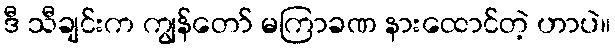
ဒီ သီချင်းက ကျွန်တော် မကြာခဏ နားထောင်တဲ့ ဟာပဲ။